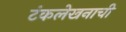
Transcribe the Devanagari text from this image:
टंकलेखनाची